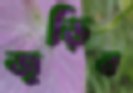
জুড়িব